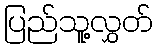
ပြည်သူ့လွှတ်